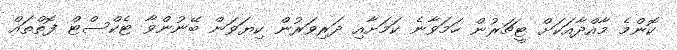
ކޮންމެ މާއްދާއަކަށް ޓީޗަރުން ހަމަވާނެ ކަމަށާއި ދަރިވަރުން ކިޔަވަން ބޭނުންވާ ޓެކްސްޓް ފޮތްތައް